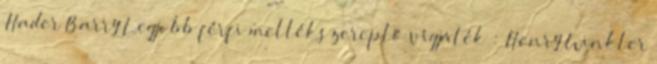
Hader Barry Legjobb férfi mellékszereplő vígjáték : Henry Winkler